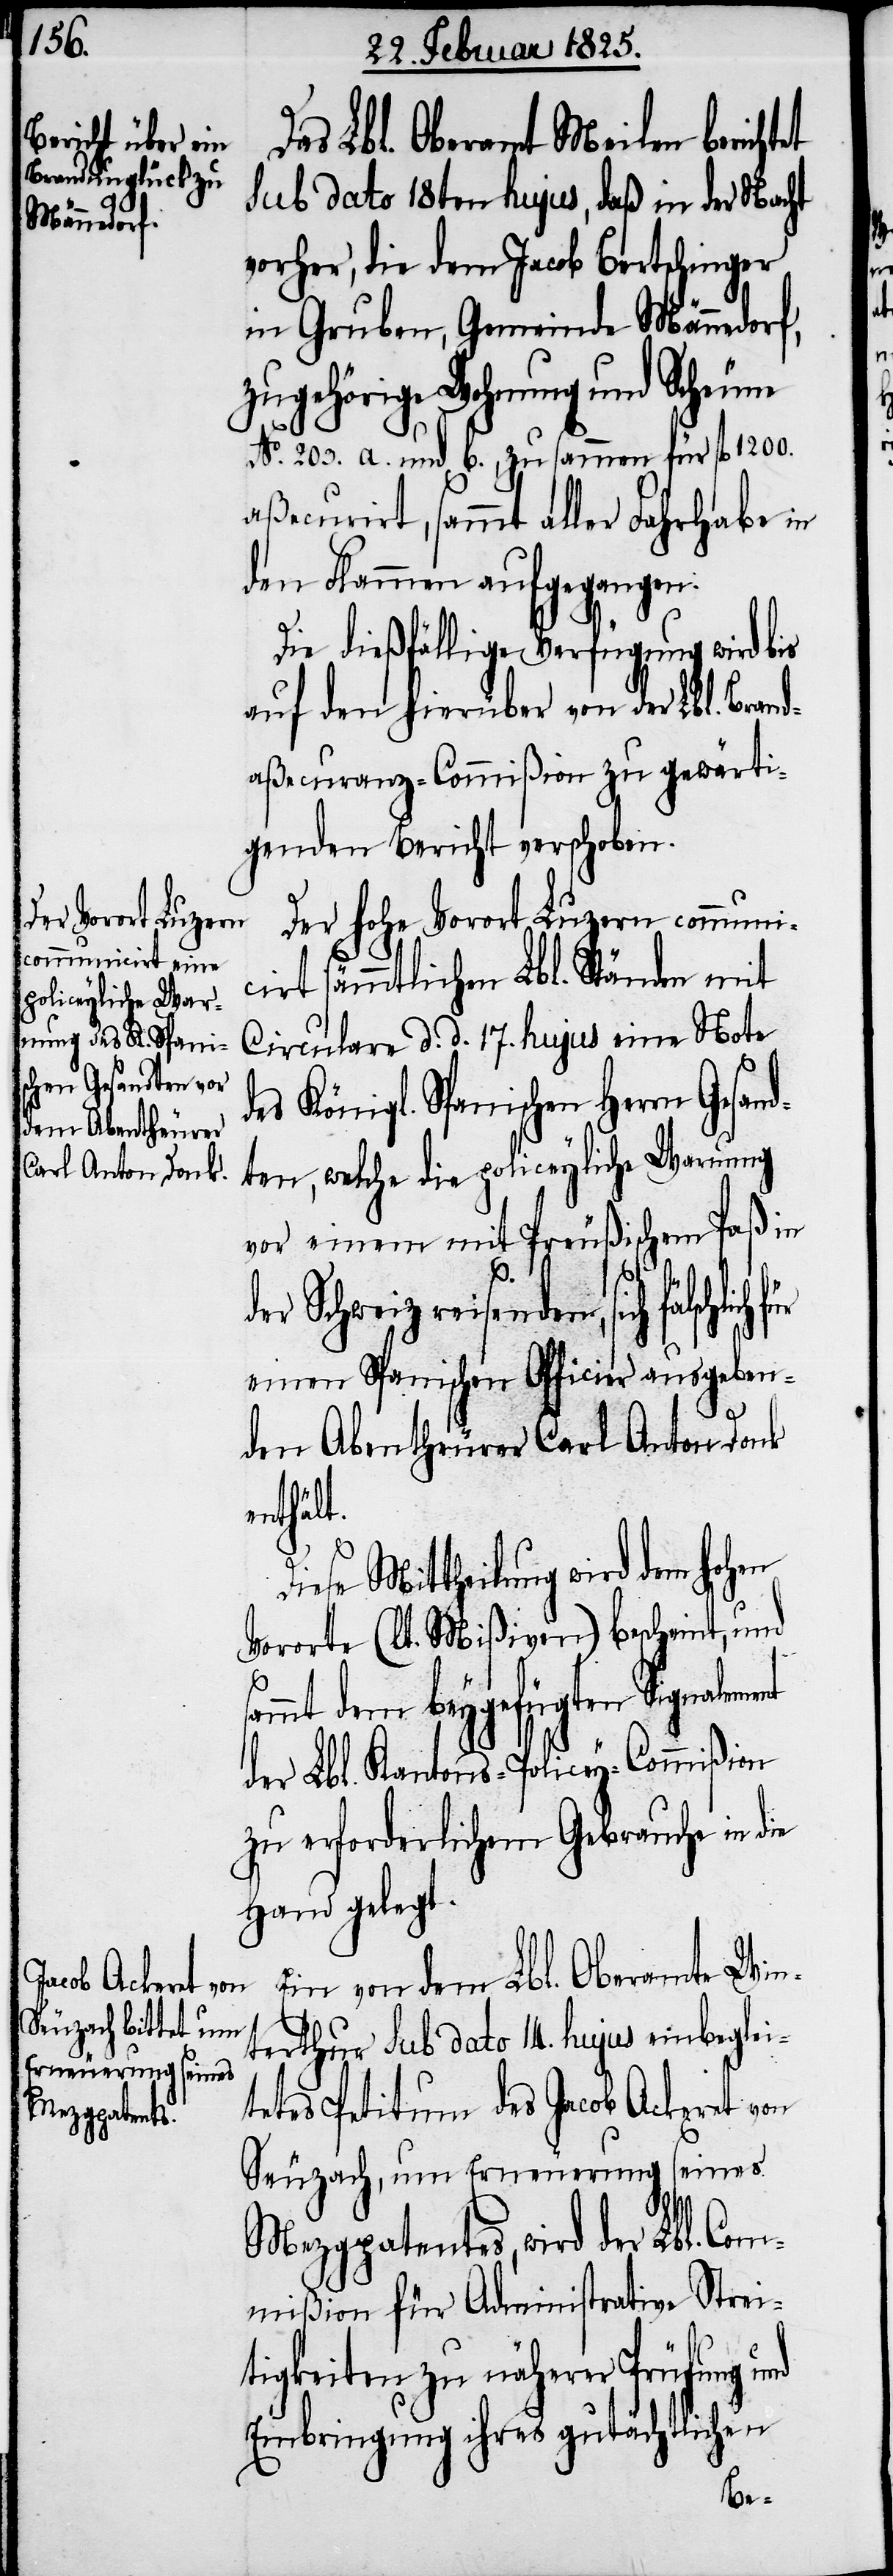
Das Lbl. Oberamt Meilen berichtet
sub dato 18ten hujus, daß in der Nacht
vorher, die dem Jacob Bertschinger
in Gruben, Gemeinde Männedorf,
zugehörige Wohnung und Scheune
No. 203. a. und b., zusammen für fl 1200.
aßecurirt, sammt aller Fahrhabe in
den Flammen aufgegangen.
Die dießfällige Verfügung wird bis
auf den hierüber von der Lbl. Brand¬
aßecuranz-Commißion zu gewärti¬
genden Bericht verschoben.
Der hohe Vorort Luzern communi¬
cirt sämmtlichen Lbl. Ständen mit
Circulare d. d. 17. hujus eine Note
Königl. Spanischen Herrn Gesand¬
den Abentheurer
Carl Anton Donk
ten, welche die policeyliche Warnung
vor einem mit Preußischem Paß in
der Schweiz reisenden, sich
einen Spanischen Officier ausgeben¬
nt
Diese Mittheilung wird dem hohen
Vorort (lt. Mißiven) bescheint, und
mmt dem beygefügten Signaleme¬
der Lbl. Kantons-Policey-Commißion
zu erforderlichem Gebrauche in die
Hand gelegt.
Ein von dem Lbl. Oberamte Win¬
terthur sub dato 14. hujus einbeglei¬
tetes Petitum des Jacob Ackeret von
Seuzach, um Erneuerung seines
Mezgpatentes, wird der Lbl. Com¬
mißion für Administrative Strei¬
tigkeiten zu näherer Prüfung und
Einbringung ihres gutächtlichen
sa¬